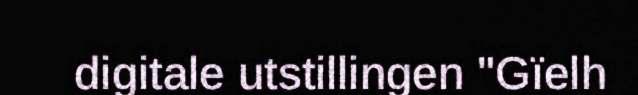
digitale utstillingen "Gïelh